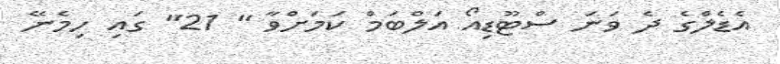
އެޑެލްގެ ދެ ވަނަ ސްޓޫޑިއޯ އަލްބަމް ކަމަށްވާ " 21" ގައި ހިމެނޭ